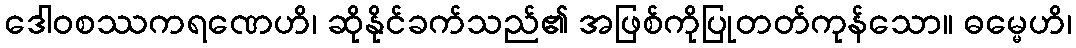
ဒေါဝစဿကရဏေဟိ၊ ဆိုနိုင်ခက်သည်၏ အဖြစ်ကိုပြုတတ်ကုန်သော။ ဓမ္မေဟိ၊